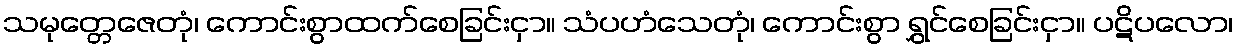
သမုတ္တေဇေတုံ၊ ကောင်းစွာထက်စေခြင်းငှာ။ သံပဟံသေတုံ၊ ကောင်းစွာ ရွှင်စေခြင်းငှာ။ ပဋိပလော၊